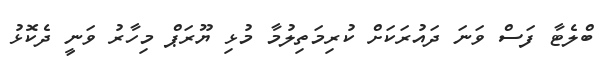
ބްލެޓާ ފަސް ވަނަ ދައުރަކަށް ކުރިމަތިލުމާ މުޅި ޔޫރަޕް މިހާރު ވަނީ ދެކޮޅު